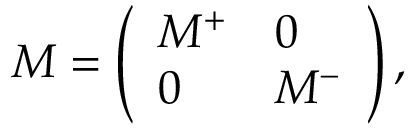
M = \left( \begin{array} { l l } { { M ^ { + } } } & { { 0 } } \\ { { 0 } } & { { M ^ { - } } } \end{array} \right) ,